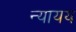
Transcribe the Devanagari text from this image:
न्यायय